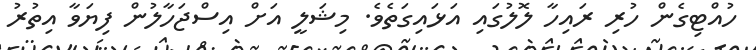
ހުއްޓިގެން ހުރި ރައިހާ ލޮލުގައި އަޅައިގަތެވެ. މިޝަލީ އަށް އިސްޖަހާލުން ފިޔަވާ އިތުރު